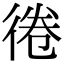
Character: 𢔑